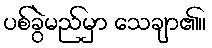
ပစ်ခွဲမည်မှာ သေချာ၏။